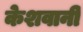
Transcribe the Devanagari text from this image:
केशवानी